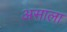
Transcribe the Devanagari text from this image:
असाला